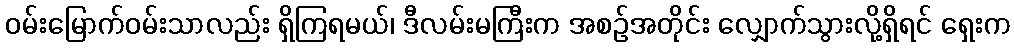
ဝမ်းမြောက်ဝမ်းသာလည်း ရှိကြရမယ်၊ ဒီလမ်းမကြီးက အစဉ်အတိုင်း လျှောက်သွားလို့ရှိရင် ရှေးက